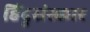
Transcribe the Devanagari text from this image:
हिंदुसंस्कार